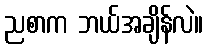
ညစာက ဘယ်အချိန်လဲ။